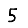
Digit: 5